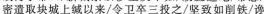
密遣取块城上缄以来/令卫卒三投之/坚致如削铁/谗